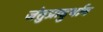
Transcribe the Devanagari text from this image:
जंतुप्रादुर्भाव